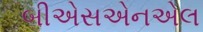
બીએસએનએલ